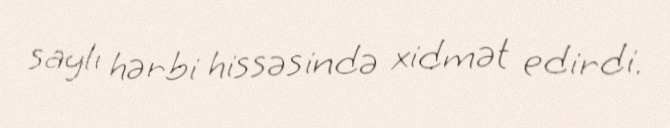
saylı hərbi hissəsində xidmət edirdi.